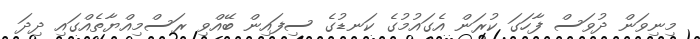
މިނިވަން ދުވަސް ފާހަގަ ކުރަން އެގައުމުގެ ކަނޑުގެ ސިފައިން ބޭއްވި ރަސްމިއްޔާތެއްގައި ދިދަ